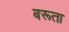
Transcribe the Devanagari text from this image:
बरूता